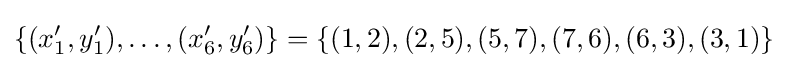
\{(x'_{1},y'_{1}),\dots ,(x'_{6},y'_{6})\}=\{(1,2),(2,5),(5,7),(7,6),(6,3),(3,1)\}